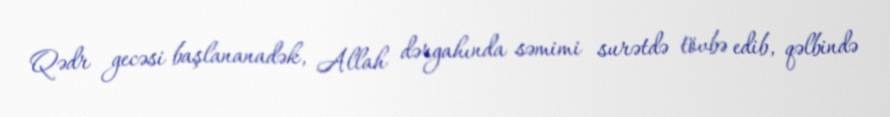
Qədr gecəsi başlananadək, Allah dərgahında səmimi surətdə tövbə edib, qəlbində